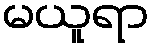
မယူရာ